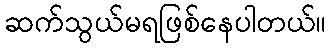
ဆက်သွယ်မရဖြစ်နေပါတယ်။